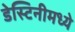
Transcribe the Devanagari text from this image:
डेस्टिनीमध्ये